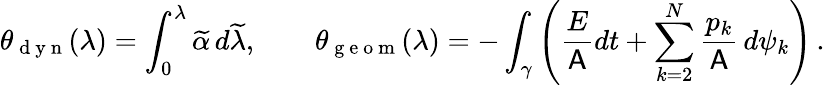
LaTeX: \theta_{\mathrm{~d~y~n~}}(\lambda)=\int_{0}^{\lambda}\widetilde{\alpha}\, d\widetilde{\lambda},\qquad\theta_{\mathrm{~g~e~o~m~}}(\lambda)=-\int_{\gamma}\left(\frac{E}{\mathsf{A}}dt+\sum_{k=2}^{N}\frac{p_{k}}{\mathsf{A}}\, d\psi_{k}\right)\, .